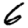
Digit: 6